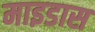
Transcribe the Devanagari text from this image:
माइडास